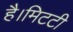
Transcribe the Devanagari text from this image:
है।मिटटी